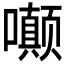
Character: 𫬟